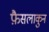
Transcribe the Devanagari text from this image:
फ़ैसलाकुन